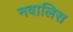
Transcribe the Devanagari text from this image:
नवालिस